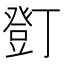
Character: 𧯫